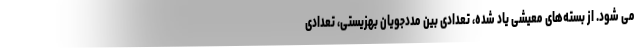
می شود. از بسته‌های معیشی یاد شده، تعدادی بین مددجویان بهزیستی، تعدادی